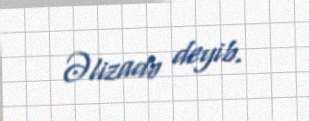
Əlizadə deyib.